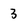
Character: 3